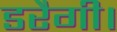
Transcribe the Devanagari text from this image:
डरैगी।